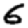
Digit: 6